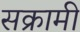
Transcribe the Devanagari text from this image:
सक्रामी